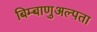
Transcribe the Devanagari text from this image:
बिम्बाणुअल्पता